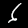
Digit: 6